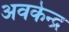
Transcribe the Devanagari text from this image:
अवकेन्द्र